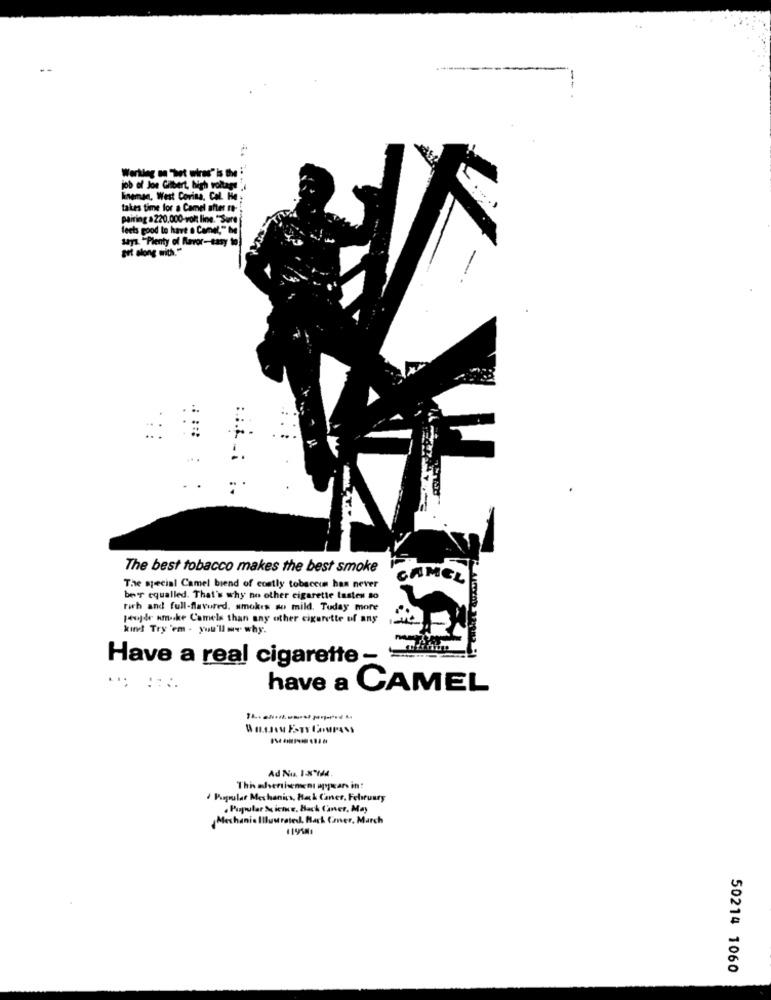
--
Working on "het wires" is the
job of Joe Gilbert, high volta
lineman, West Covina, Col. He;
takes time for a Camel after re-
Pairing a 220.000-volt line. "Sure
feels good to have a Camel," he
says. "Plenty of favor-easy to
get along with."
The best tobacco makes the best smoke
CAMEL
The special Camel biend of costly tobacein has never
ber equalled. That's why no other cigarette tastes so
rich and full-flavored, smokes so mild. Tuday more
Joujde umske Camels than any other cigarette of any
kind Try 'em - you'll me why.
Have a real cigarette -
..;
have a CAMEL
Thi elenthement appears in?
Popular Mechanics, Hak Caner, February
. Pupular Micte, Back Caner, May
Mechanis Illustrated, Hack Cmer, March
50214 1060